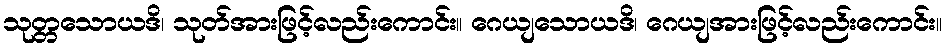
သုတ္တသောယဒိ၊ သုတ်အားဖြင့်လည်းကောင်း။ ဂေယျသောယဒိ၊ ဂေယျအားဖြင့်လည်းကောင်း။